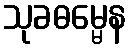
သုခဓမ္မေန